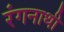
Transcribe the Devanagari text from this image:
रंगनाथी